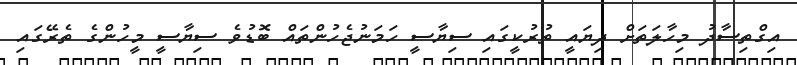
އިގްތިސާދު މިހާލަތަށް ދިޔައީ ތުރުކީގައި ސިޔާސީ ހަމަނުޖެހުންތައް ބޮޑުވެ ސިޔާސީ މީހުންގެ ތެރޭގައި